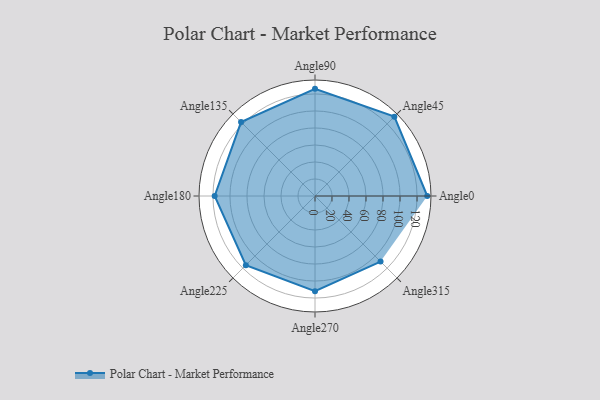
{"axis": {"x": "Angle", "y": "Radius"}, "legend": [""], "data": [{"x": "Angle0", "y": 132.0, "type": ""}, {"x": "Angle45", "y": 132.0, "type": ""}, {"x": "Angle90", "y": 126.0, "type": ""}, {"x": "Angle135", "y": 123.0, "type": ""}, {"x": "Angle180", "y": 118.0, "type": ""}, {"x": "Angle225", "y": 115.0, "type": ""}, {"x": "Angle270", "y": 112.0, "type": ""}, {"x": "Angle315", "y": 109.0, "type": ""}]}